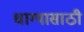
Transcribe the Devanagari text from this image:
धाग्यासाठी